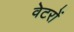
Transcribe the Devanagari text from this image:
वेटरों